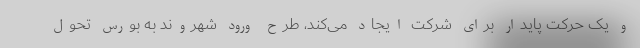
و یک حرکت پایدار برای شرکت ایجاد می‌کند، طرح ورود شهروند به بورس تحول